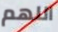
اللهم